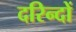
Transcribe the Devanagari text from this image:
दरिन्‍दों